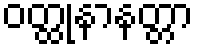
ဝတ္ထုနာနတ္တာ